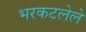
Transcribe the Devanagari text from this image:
भरकटलेले